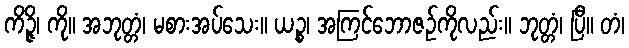
ကိဉ္ဇိ၊ ကို။ အဘုတ္တံ၊ မစားအပ်သေး။ ယဉ္စ၊ အကြင်ဘောဇဉ်ကိုလည်း။ ဘုတ္တံ၊ ပြီ။ တံ၊